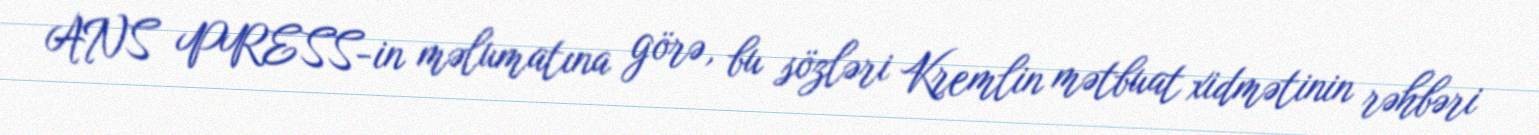
ANS PRESS-in məlumatına görə, bu sözləri Kremlin mətbuat xidmətinin rəhbəri